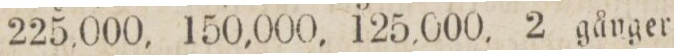
225,000, 150,000, 125,000, 2 gånger